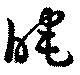
晻